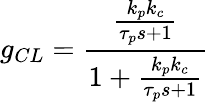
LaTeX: g_{CL}={\frac{\frac{k_{p}k_{c}}{\tau_{p}s+1}}{1+{\frac{k_{p}k_{c}}{\tau_{p}s+1}}}}